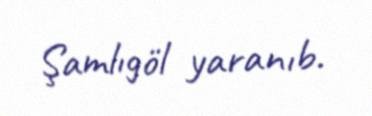
Şamlıgöl yaranıb.